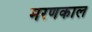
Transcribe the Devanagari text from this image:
मरणकाल